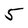
Character: 5